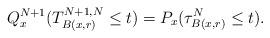
LaTeX: \begin{align*}Q_{x}^{N+1}(T_{B(x,r)}^{N+1,N} \le t)=P_{x}(\tau_{B(x,r)}^{N} \le t) .\end{align*}